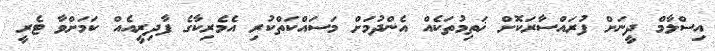
އިސްލާމް ދީނަށް ފުރައްސާރަކޮށް ޚަތިމުތަކެއް އެންދުމަށް މަސައްކަތްކުރި އެމެރިކާގެ ފާދިރީއެއް ކަމަށްވާ ޓެރީ